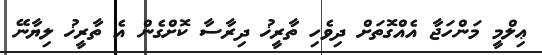
ޢިލްމީ މަންހަޖާ އެއްގޮތަށް ދިވެހި ތާރީޚު ދިރާސާ ކޮށްގެން އެ ތާރީޚު ލިޔާނޭ